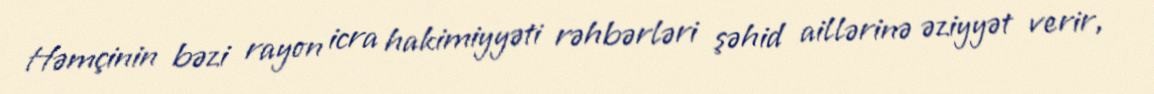
Həmçinin bəzi rayon icra hakimiyyəti rəhbərləri şəhid aillərinə əziyyət verir,